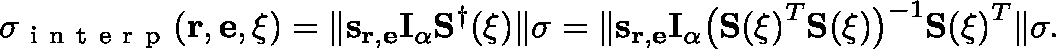
\sigma _ { \mathrm { ~ i ~ n ~ t ~ e ~ r ~ p ~ } } ( \mathbf { r } , \mathbf { e } , \mathbf { \xi } ) = \| \mathbf { s } _ { \mathbf { r } , \mathbf { e } } \mathbf { I } _ { \alpha } \mathbf { S } ^ { \dagger } ( \mathbf { \xi } ) \| \sigma = \| \mathbf { s } _ { \mathbf { r } , \mathbf { e } } \mathbf { I } _ { \alpha } \big ( \mathbf { S ( \mathbf { \xi } ) } ^ { T } \mathbf { S ( \mathbf { \xi } ) } \big ) ^ { - 1 } \mathbf { S ( \mathbf { \xi } ) } ^ { T } \| \sigma .